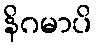
နိဂမာပိ